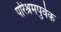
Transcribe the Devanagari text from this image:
परिश्रमपुर्वक